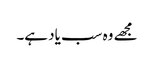
مجھے وہ سب یاد ہے۔